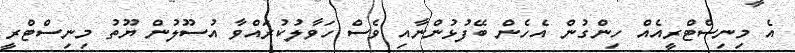
އެ މިނިސްޓްރީއެއް ހިންގުން އެހެން ބޭފުޅުންނާއި ވެސް ހަވާލުކުރައްވާ އުސޫލުން ޔޫތު މިނިސްޓްރީ